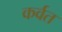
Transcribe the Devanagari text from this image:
कर्वत